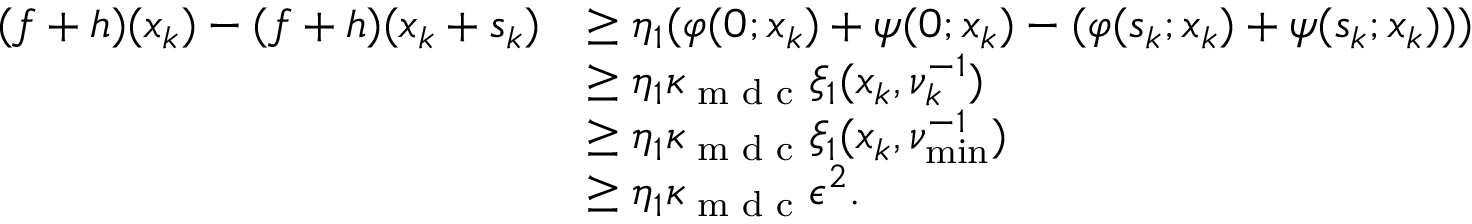
\begin{array} { r l } { ( f + h ) ( x _ { k } ) - ( f + h ) ( x _ { k } + s _ { k } ) } & { \geq \eta _ { 1 } ( \varphi ( 0 ; x _ { k } ) + \psi ( 0 ; x _ { k } ) - ( \varphi ( s _ { k } ; x _ { k } ) + \psi ( s _ { k } ; x _ { k } ) ) ) } \\ & { \geq \eta _ { 1 } \kappa _ { \textup { m d c } } \xi _ { 1 } ( x _ { k } , \nu _ { k } ^ { - 1 } ) } \\ & { \geq \eta _ { 1 } \kappa _ { \textup { m d c } } \xi _ { 1 } ( x _ { k } , \nu _ { \operatorname* { m i n } } ^ { - 1 } ) } \\ & { \geq \eta _ { 1 } \kappa _ { \textup { m d c } } \epsilon ^ { 2 } . } \end{array}